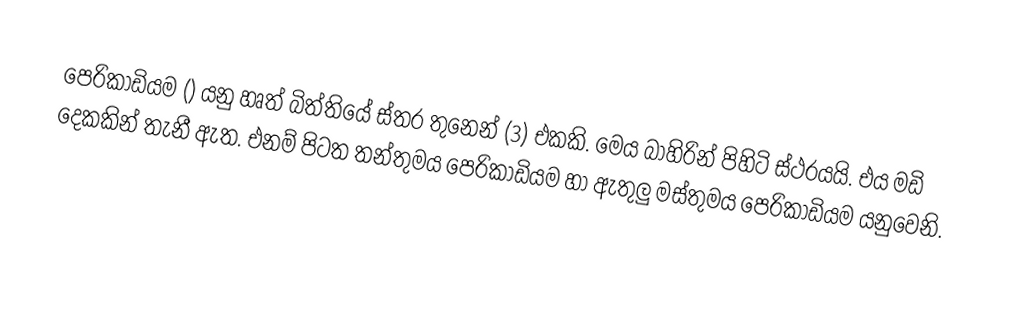
පෙරිකාඩියම () යනු හෘත් බිත්තියේ ස්තර තුනෙන් (3) එකකි. මෙය බාහිරින් පිහිටි ස්ථරයයි. එය මඩි දෙකකින් තැනී ඇත. එනම් පිටත තන්තුමය පෙරිකාඩියම හා ඇතුලු මස්තුමය පෙරිකාඩියම යනුවෙනි.